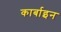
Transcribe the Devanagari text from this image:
कार्बाइन